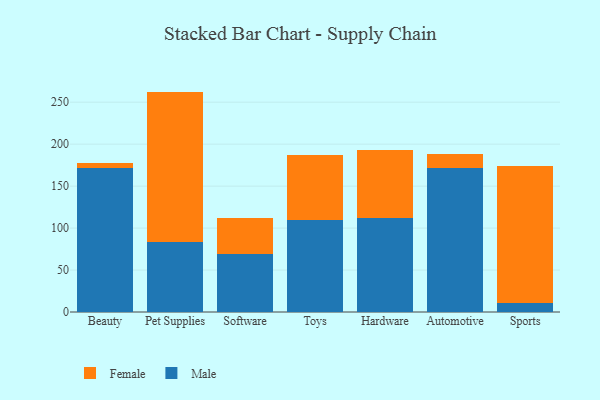
{"axis": {"x": "Category", "y": "Website Visitors"}, "legend": ["Female", "Male"], "data": [{"x": "Beauty", "y": 171.3, "type": "Male"}, {"x": "Beauty", "y": 6.2, "type": "Female"}, {"x": "Pet Supplies", "y": 84.0, "type": "Male"}, {"x": "Pet Supplies", "y": 178.6, "type": "Female"}, {"x": "Software", "y": 68.6, "type": "Male"}, {"x": "Software", "y": 42.9, "type": "Female"}, {"x": "Toys", "y": 109.2, "type": "Male"}, {"x": "Toys", "y": 78.1, "type": "Female"}, {"x": "Hardware", "y": 112.2, "type": "Male"}, {"x": "Hardware", "y": 80.4, "type": "Female"}, {"x": "Automotive", "y": 171.0, "type": "Male"}, {"x": "Automotive", "y": 16.9, "type": "Female"}, {"x": "Sports", "y": 11.3, "type": "Male"}, {"x": "Sports", "y": 163.0, "type": "Female"}]}